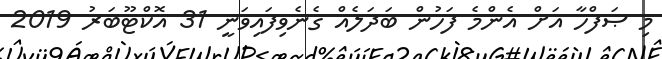
މި ޞަފްހާ އަށް އެންމެ ފަހުން ބަދަލެއް ގެނެވިފައިވަނީ 31 އޮކްޓޫބަރު 2019